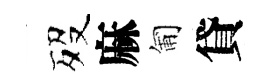
歿麻匍貸